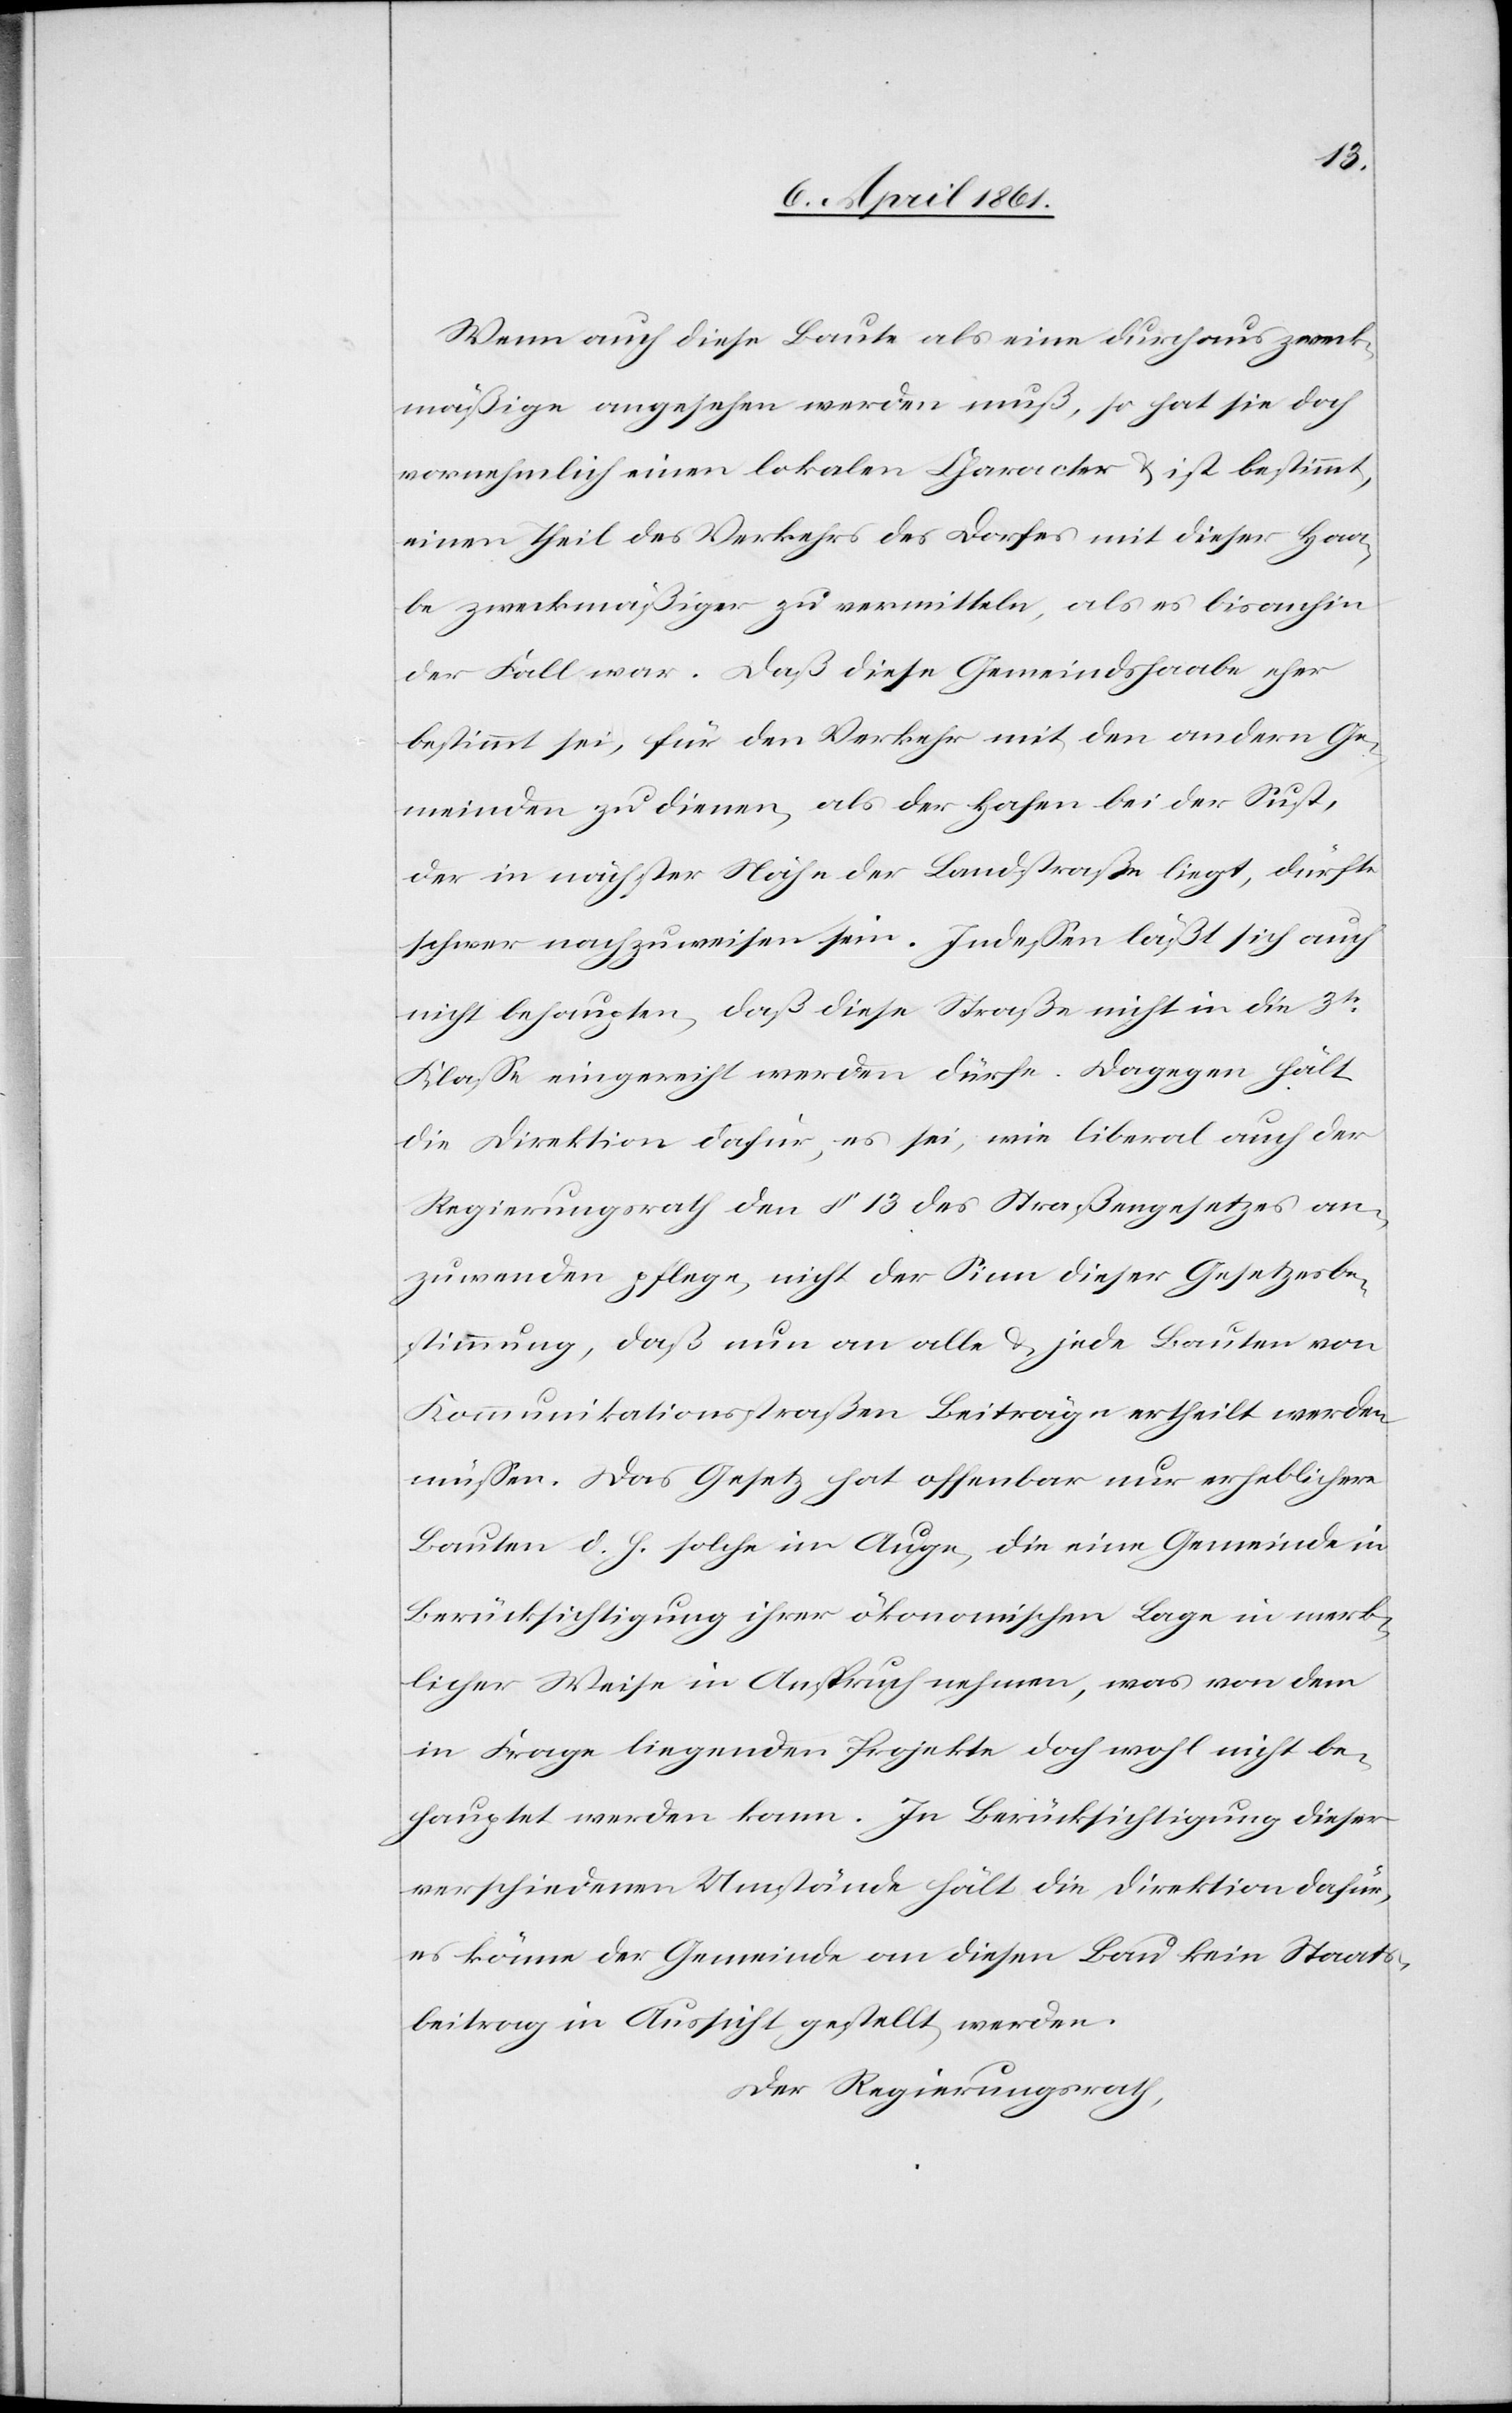
Wenn auch diese Baute als eine durchaus zweck¬
mäßige angesehen werden muß, so hat sie doch
vornehmlich einen lokalen Character u. ist bestimmt,
einen Theil des Verkehrs des Dorfes mit dieser Haa¬
be zweckmäßiger zu vermitteln, als es bis anhin
der Fall war. Daß diese Gemeindshaabe eher
bestimmt sei, für den Verkehr mit den andern Ge¬
meinden zu dienen, als der Hafen bei der Sust,
der in nächster Nähe der Landstraße liegt, dürfte
schwer nachzuweisen sein. Indessen läßt sich auch
nicht behaupten, daß diese Straße nicht in die 3te
Klasse eingereiht werden dürfe. Dagegen hält
die Direktion dafür, es sei, wie liberal auch der
Regierungsrath den § 13 des Straßengesetzes an¬
zuwenden pflege, nicht der Sinn dieser Gesetzesbe¬
stimmung, daß nun an alle u. jede Bauten von
Kommunikationsstraßen Beiträge ertheilt werden
müssen. Das Gesetz hat offenbar nur erheblichere
Bauten d. h. solche im Auge, die eine Gemeinde in
Berücksichtigung ihrer ökonomischen Lage in merk¬
licher Weise in Anspruch nehmen, was von dem
in Frage liegenden Projekte doch wohl nicht be¬
hauptet werden kann. In Berücksichtigung dieser
verschiedenen Umstände hält die Direktion dafür,
es könne der Gemeinde an diesen Bau kein Staats¬
beitrag in Aussicht gestellt werden.
Der Regierungsrath,